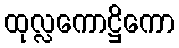
ထုလ္လကောဋ္ဌိကော